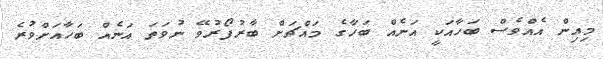
މިއިން އެއްވެސް ބަހާއަކީ އަނެއް ބަހާގެ މައްޗަށް ބާރުފޯރުވޭ ނުވަތަ އަނެއް ބަހާއަށްވުރެ